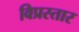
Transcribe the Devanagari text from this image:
विप्रस्तार